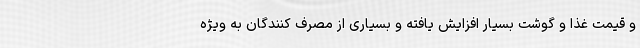
و قیمت غذا و گوشت بسیار افزایش یافته و بسیاری از مصرف کنندگان به ویژه